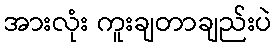
အားလုံး ကူးချတာချည်းပဲ